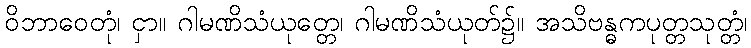
ဝိဘာဝေတုံ၊ ငှာ။ ဂါမဏိသံယုတ္တေ၊ ဂါမဏိသံယုတ်၌။ အသိဗန္ဓကပုတ္တသုတ္တံ၊